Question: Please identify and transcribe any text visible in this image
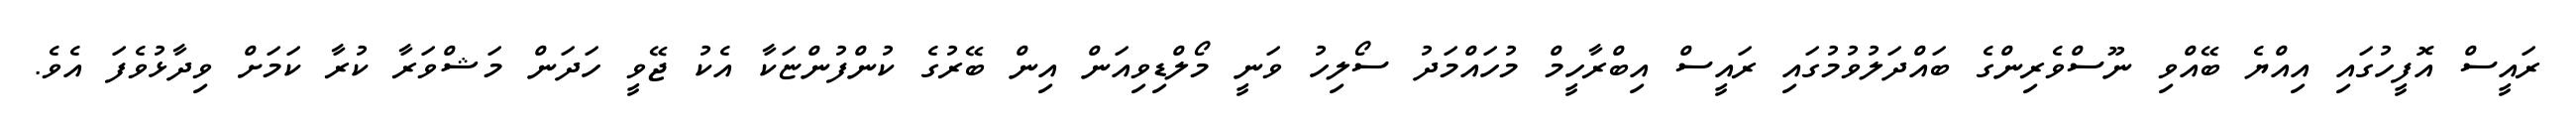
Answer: ރައީސް އޮފީހުގައި އިއްޔެ ބޭއްވި ނޫސްވެރިންގެ ބައްދަލުވުމުގައި ރައީސް އިބްރާހީމް މުހައްމަދު ސޯލިހު ވަނީ މޯލްޑިވިއަން އިން ބޭރުގެ ކުންފުންޏަކާ އެކު ޖޭވީ ހަދަން މަޝްވަރާ ކުރާ ކަމަށް ވިދާޅުވެފަ އެވެ.